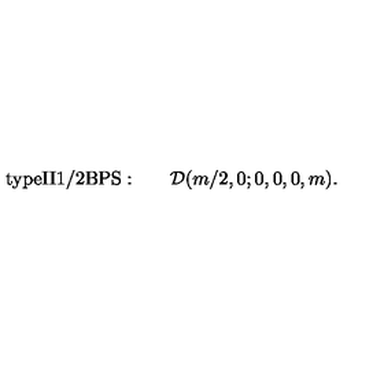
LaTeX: \mathrm { t y p e I I 1 / 2 B P S : } \qquad { \cal D } ( m / 2 , 0 ; 0 , 0 , 0 , m ) .